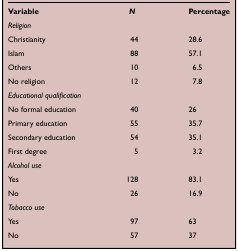
<table><thead><tr><td><b>Variable</b></td><td><b><i>N</i></b></td><td><b>Percentage</b></td></tr></thead><tbody><tr><td colspan="3"><i>Religion</i></td></tr><tr><td>Christianity</td><td>44</td><td>28.6</td></tr><tr><td>Islam</td><td>88</td><td>57.1</td></tr><tr><td>Others</td><td>10</td><td>6.5</td></tr><tr><td>No religion</td><td>12</td><td>7.8</td></tr><tr><td colspan="3"><i>Educational qualification</i></td></tr><tr><td>No formal education</td><td>40</td><td>26</td></tr><tr><td>Primary education</td><td>55</td><td>35.7</td></tr><tr><td>Secondary education</td><td>54</td><td>35.1</td></tr><tr><td>First degree</td><td>5</td><td>3.2</td></tr><tr><td colspan="3"><i>Alcohol use</i></td></tr><tr><td>Yes</td><td>128</td><td>83.1</td></tr><tr><td>No</td><td>26</td><td>16.9</td></tr><tr><td colspan="3"><i>Tobacco use</i></td></tr><tr><td>Yes</td><td>97</td><td>63</td></tr><tr><td>No</td><td>57</td><td>37</td></tr></tbody></table>